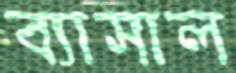
ব্যাসাল